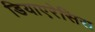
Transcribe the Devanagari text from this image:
डियाएरेसिस